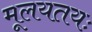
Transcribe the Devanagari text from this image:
मूलयतयः